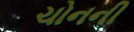
ચોનની